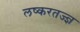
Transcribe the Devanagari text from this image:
लष्करतज्ज्ञ